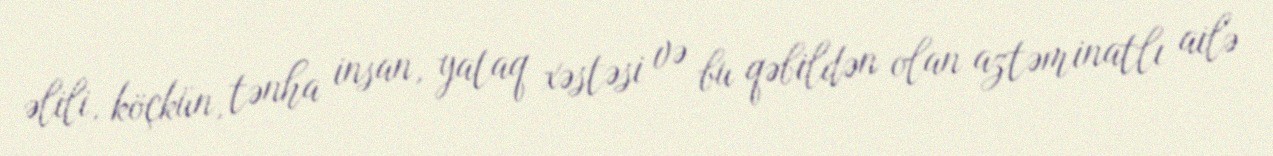
əlili, köçkün, tənha insan, yataq xəstəsi və bu qəbildən olan aztəminatlı ailə